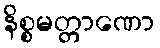
နိစ္စမတ္တာဏော